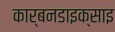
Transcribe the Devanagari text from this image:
कार्बनडाइक्साइ